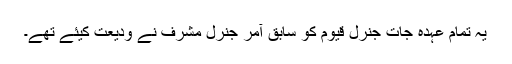
یہ تمام عہدہ جات جنرل قیوم کو سابق آمر جنرل مشرف نے ودیعت کیئے تھے۔